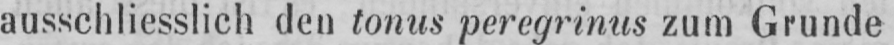
ausschliesslich den tonus peregrinus zum Grunde